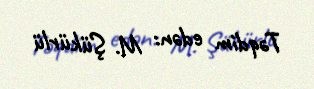
Təqdim edən: M. Şükürlü